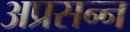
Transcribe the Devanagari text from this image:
अप्रसन्‍न